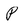
Character: P